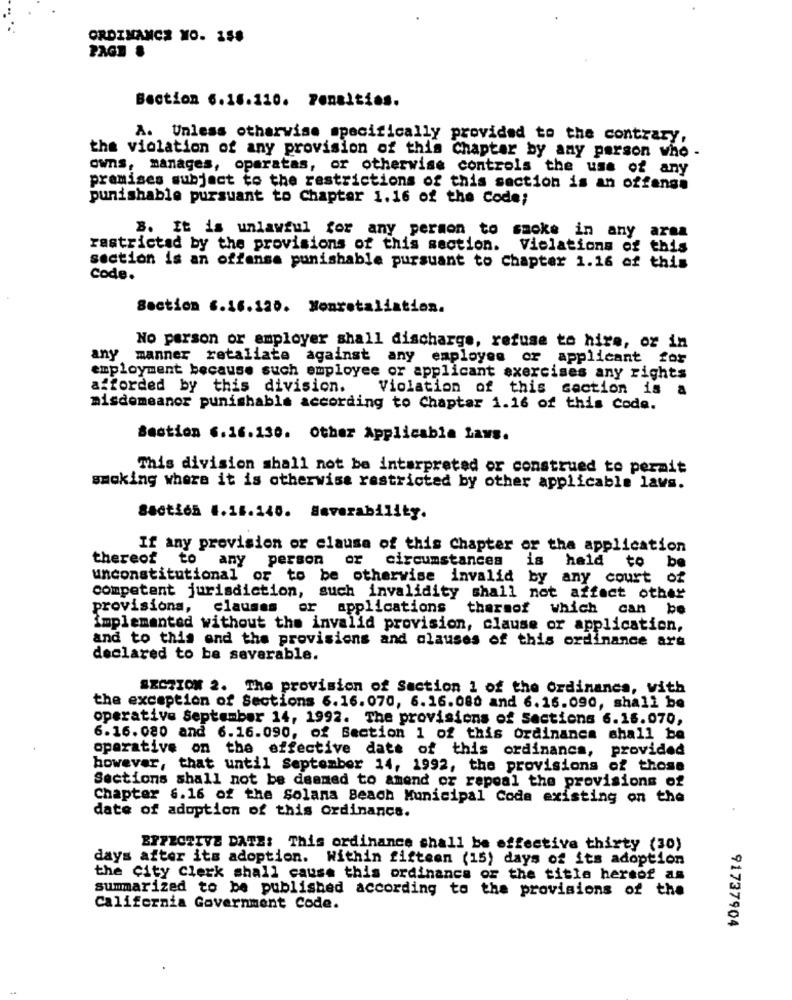
ORDINANCE MO. 158
PAGE &
Bection 6.16.110. Penalties.
A. Unless otherwise specifically provided to the contrary,
the violation of any provision of this Chapter by any person who -
owns, manages, oparatas, or otherwise controls the use of any
premises subject to the restrictions of this section is an offense
punishable pursuant to Chapter 1.16 of the Code;
3. It is unlawful for any person to smoke in any area
rastrictad by the provisions of this section. Violations of this
section is an offense punishable pursuant to chapter 1.16 of this
Code.
Section 6.16.120. Nonretaliation.
No person or employer shall discharge, refuse to hire, or in
any manner retaliate against any employee or applicant for
employment because such employee or applicant exercises any rights
afforded by this division.
Violation of this section is a
misdemeanor punishable according to Chapter 1.16 of this Code.
Section 6.16.130. Other Applicable Laws.
This division shall not be interpreted or construed to permit
smoking where it is otherwise restricted by other applicable laws.
Sacties 4.16.140. Haverability.
If any provision or clausa of this chapter or tha application
thereof to any person or circumstances
is held to be
unconstitutional or to be otherwise invalid by any court of
competent jurisdiction, such invalidity shall not affect other
provisiona, clauses or applications
thereof which can be
implemented without the invalid provision, clause or application,
and to this and the provisions and clauses of this ordinance are
declared to be severable.
SECTION 2. The provision of Saction 1 of the Ordinance, with
the exception of Sections 6.16.070, 6.16.080 and 6.16.090, shall be
operative September 14, 1992. The provisions of Sections 6.16.070,
6.16. 080 and 6.16.090, of Section 1 of this Ordinance shall be
operative on the effective date of this ordinanca, provided
however, that until September 14, 1992, the provisions of those
Sections shall not be deemed to amend or repeal the provisions of
Chapter 6.16 of the Solana Beach Municipal Code existing on the
date of adoption of this ordinance.
EFFECTIVE DATE: This ordinance shall be effective thirty (30)
days after its adoption. Within fifteen (15) days of its adoption
the City Clerk shall cause this ordinance of the title hersof as
summarized to be published according to the provisions of the
California Government Code.
91737904